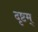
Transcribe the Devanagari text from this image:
दृष्टम्